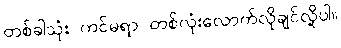
တစ်ခါသုံး ကင်မရာ တစ်လုံးလောက်လိုချင်လို့ပါ။